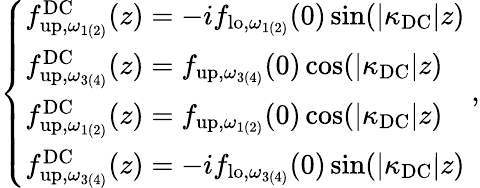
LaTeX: \begin{array}{r}{\left\{ \begin{array}{ll}{{f}_{\mathrm{up},\omega_{1(2)}}^{\mathrm{DC}}(z)=-i{f}_{\mathrm{lo},\omega_{1(2)}}(0)\sin(|\kappa_{\mathrm{DC}}|z)}\\ {{f}_{\mathrm{up},\omega_{3(4)}}^{\mathrm{DC}}(z)={f}_{\mathrm{up},\omega_{3(4)}}(0)\cos(|\kappa_{\mathrm{DC}}|z)}\\ {{f}_{\mathrm{up},\omega_{1(2)}}^{\mathrm{DC}}(z)={f}_{\mathrm{up},\omega_{1(2)}}(0)\cos(|\kappa_{\mathrm{DC}}|z)}\\ {{f}_{\mathrm{up},\omega_{3(4)}}^{\mathrm{DC}}(z)=-i{f}_{\mathrm{lo},\omega_{3(4)}}(0)\sin(|\kappa_{\mathrm{DC}}|z)}\end{array}\right.\ ,}\end{array}